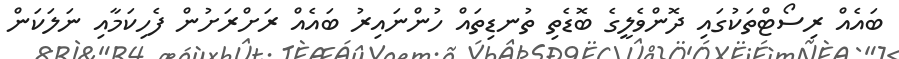
ބައެއް ރިސޯޓްތަކުގައި ދޮންވެލީގެ ބޮޑެތި ތުނޑިތައް ހުންނައިރު ބައެއް ރަށްރަށުން ފެހިކަމާއި ނަލަކަން